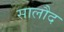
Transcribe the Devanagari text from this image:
सालौद